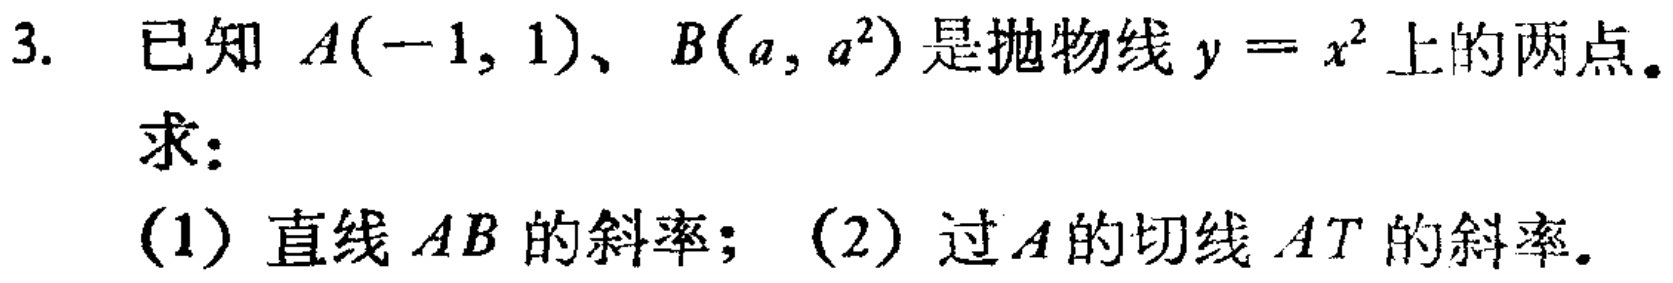
3. 已知 \(A(-1,1)\)、\(B(a,a^{2})\) 是抛物线 \(y = x^{2}\) 上的两点。
求：
(1) 直线 \(AB\) 的斜率；(2) 过 \(A\) 的切线 \(AT\) 的斜率。